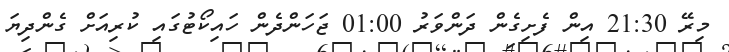
މިރޭ 21:30 އިން ފެށިގެން ދަންވަރު 01:00 ޖަހަންދެން ހައިކޯޓުގައި ކުރިއަށް ގެންދިޔަ